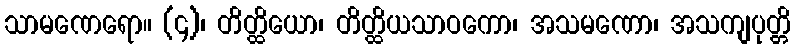
သာမဏေရော။ (၄)၊ တိတ္ထိယော၊ တိတ္ထိယသာဝကော၊ အသမဏော၊ အသကျပုတ္တိ